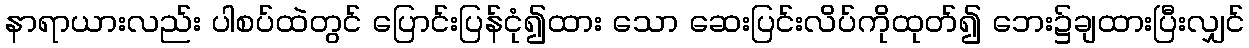
နာရာယားလည်း ပါစပ်ထဲတွင် ပြောင်းပြန်ငုံ၍ထား သော ဆေးပြင်းလိပ်ကိုထုတ်၍ ဘေး၌ချထားပြီးလျှင်